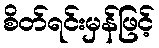
စိတ်ရင်းမှန်ဖြင့်